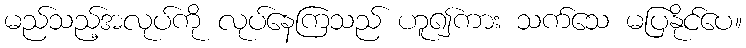
မည်သည့်အလုပ်ကို လုပ်နေကြသည် ဟူ၍ကား သက်သေ မပြနိုင်ပေ။